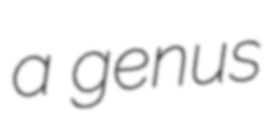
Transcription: a genus